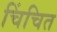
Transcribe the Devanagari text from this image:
चिंचित